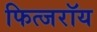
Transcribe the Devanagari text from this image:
फित्जरॉय